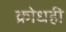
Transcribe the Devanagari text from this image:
क्रोधही